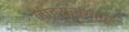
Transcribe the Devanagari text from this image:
नाट्यसंग्रह